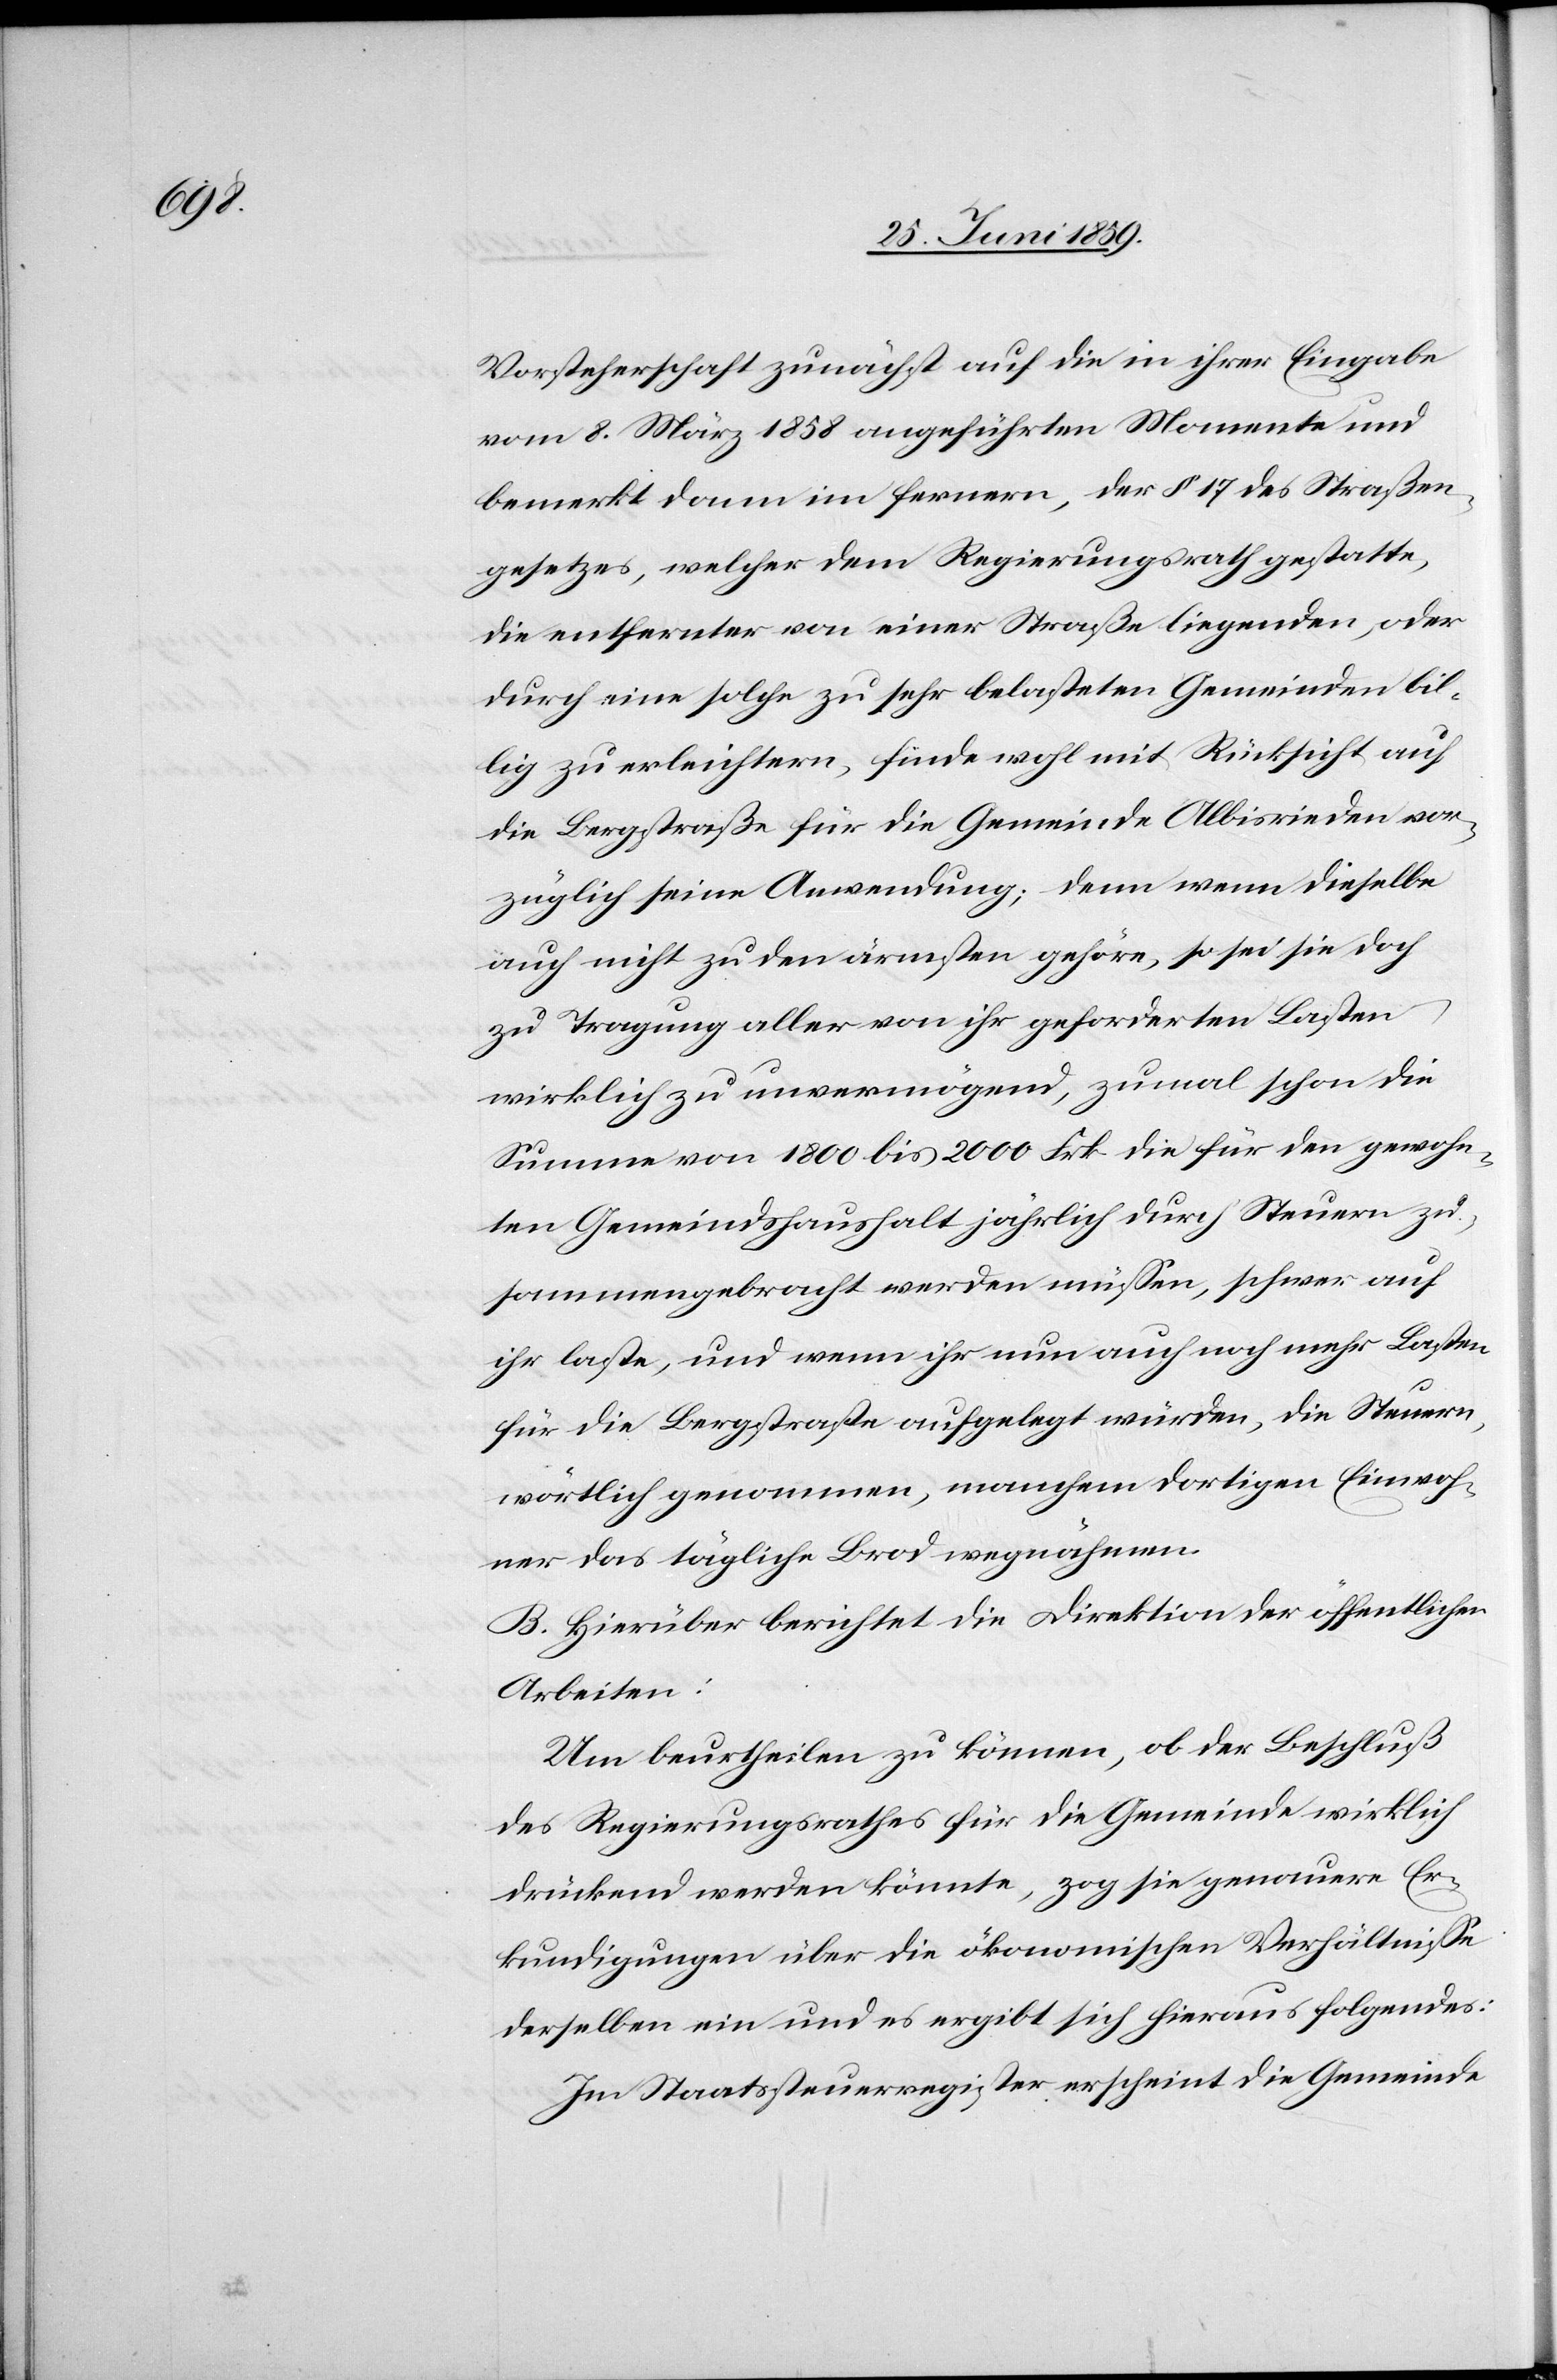
Vorsteherschaft zunächst auf die in ihrer Eingabe
vom 8. März 1858 angeführten Momente und
bemerkt dann im ferneren, der § 17 des Straßen¬
gesetzes, welcher dem Regierungsrathe gestatte,
die entfernter von einer Straße liegenden, oder
durch eine solche zu sehr belasteten Gemeinden bil¬
lig zu erleichtern, fände wohl mit Rücksicht auf
die Bergstraße für die Gemeinde Albisrieden vor¬
züglich seine Anwendung; denn wenn dieselbe
auch nicht zu den ärmsten gehöre, so sei sie doch
zu Tragung aller von ihr geforderten Lasten
wirklich zu unvermögend, zumal schon die
Summe von 1800 bis 2000 Frk die für den gewohn¬
ten Gemeindshaushalt jährlich durch Steuern zu¬
sammengebracht werden müssen, schwer auf
ihr laste, und wenn ihr nun auch noch mehr Lasten
für die Bergstraße aufgelegt würden, die Steuern,
wörtlich genommen, manchem dortigen Einwoh¬
ner das tägliche Brod wegnähmen.
B. Hierüber berichtet die Direktion der öffentlichen
Arbeiten:
Um beurtheilen zu können, ob der Beschluß
des Regierungsrathes für die Gemeinde wirklich
drückend werden könnte, zog sie genauere Er¬
kundigungen über die ökonomischen Verhältnisse
derselben ein und es ergibt sich hieraus folgendes:
Im Staatssteuerregister erscheint die Gemeinde